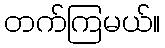
တက်ကြမယ်။